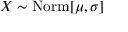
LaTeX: X \sim \operatorname { N o r m } [ \mu , \sigma ]